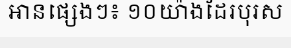
អានផ្សេងៗ៖ ១០យ៉ាងដែរបុរស